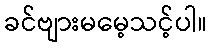
ခင်ဗျားမမေ့သင့်ပါ။